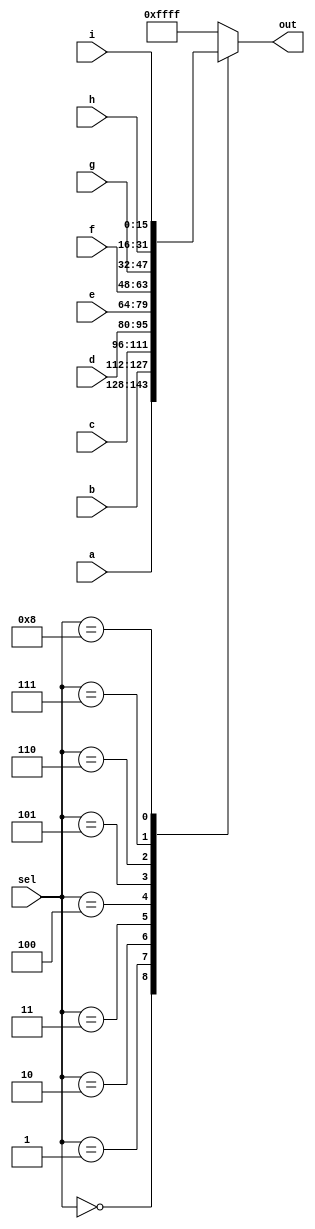
module top_module( 
    input [15:0] a, b, c, d, e, f, g, h, i,
    input [3:0] sel,
    output [15:0] out );
  
    always @ * begin
  
        case (sel)
            4'b0000 : out = a;
            4'b0001 : out = b;
            4'b0010 : out = c;
            4'b0011 : out = d;
            4'b0100 : out = e;
            4'b0101 : out = f;
            4'b0110 : out = g;
            4'b0111 : out = h;
            4'b1000 : out = i;
            default : out = {16{1'b1}};
        endcase
    end

endmodule